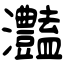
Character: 灎